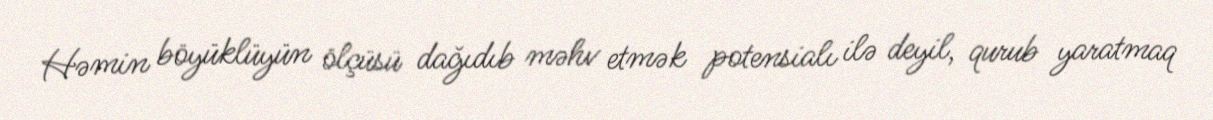
Həmin böyüklüyün ölçüsü dağıdıb məhv etmək potensialı ilə deyil, qurub yaratmaq